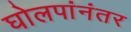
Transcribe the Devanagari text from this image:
घोलपांनंतर